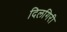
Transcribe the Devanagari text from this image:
दिलगिरी